Report of an investigation into the causes of malaria in Bombay and the measures necessary for its control
Disease focus: Malaria
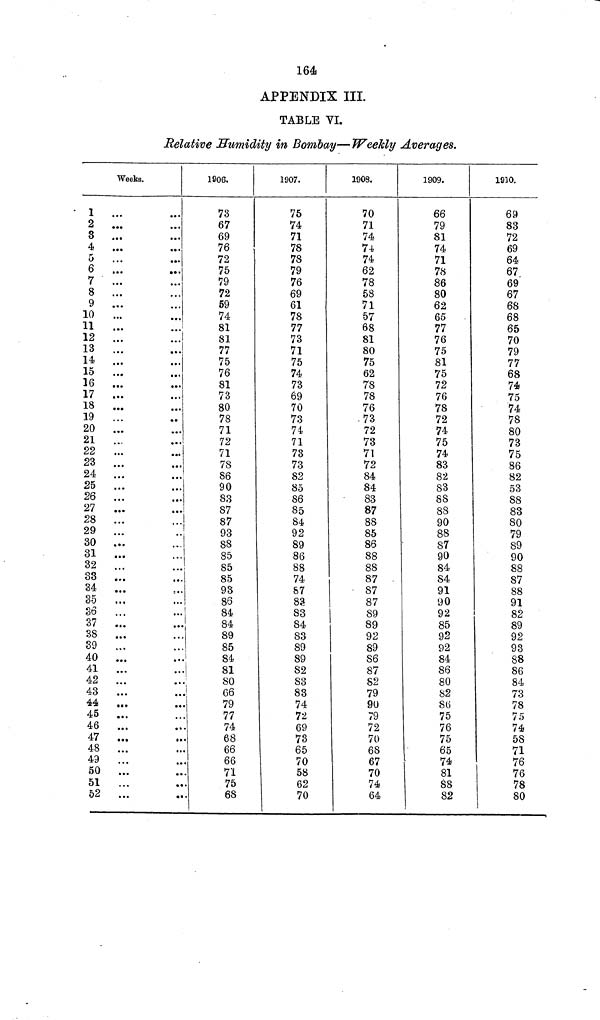
164
APPENDIX III.
TABLE VI.
Relative Humidity in Bombay—Weekly Averages.
Weeks.
1 ...
2 ...
8 ...
4 ...
5 ...
6 ...
7 ...
8 ...
9 ...
10 ...
11 ...
12
13 ...
14 ...
15 ...
16 ...
17 ...
18 ...
19 ...
20 ...
21 ...
22 ...
23 ...
24 ...
25 ...
26 ...
27 ...
28
29 ...
..!
30 ...
31
32 ...
...!
33 ...
34 ...
35 ...
36
37 ...
38 ...
39
40 ...
41
42
43
44 ...
45 ...
46
47 ...
48 ...
49
50 ...
51 ...
52 ...
1906.
73
67
69
76
72
75
79
72
59
74
81
81
77
75
76
81
73
80
78
71
72
71
78
86
90
83
87
87
93
88
85
85
85
93
86
84
84
89
85
84
81
80
66
79
77
74
68
66
66
71
75
68
1907.
75
74
71
78
78
79
76
69
61
78
77
73
71
75
74
73
69
70
73
74
71
73
73
82
85
86
85
84
92
89
86
88
74
87
83
83
84
83
89
89
82
S3
83
74
72
69
73
65
70
58
62
70
1908.
70
71
74
74
74
62
78
58
71
57
68
81
80
75
62
78
78
76
73
72
73
71
72
84
84
83
87
88
85
86
88
88
87
87
87
89
89
92
1
89
86
87
82
79
90
79
72
70
68
67
70
74
64
1909.
66
79
81
74
71
78
86
80
62
65
77
76
75
81
75
72
76
78
72
74
75
74
83
82
83
88
88
90
88
87
90
84
84
91
90
92
85
92
92
84
86
80
82
86
75
76
75
65
74
81
88
82
1910.
69
83
72
69
64
67
69
67
68
68
65
70
79
77
68
74
75
74
78
80
73
75
86
82
53
88
83
80
79
89
90
88
87
88
91
82
89
92
93
88
86
84
73
78
75
74
58
71
76
76
78
80